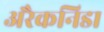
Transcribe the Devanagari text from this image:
अरैकनिडा